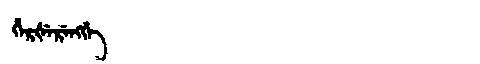
Manchu: ᡥᡝᡵᡧᡝᡵᡝᠩᡤᡝ
Romanization: HERŠERENGGE